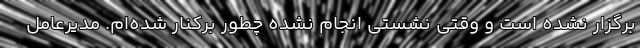
برگزار نشده است و وقتی نشستی انجام نشده چطور برکنار شده‌ام. مدیرعامل